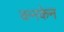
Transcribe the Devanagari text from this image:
कनकेन